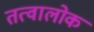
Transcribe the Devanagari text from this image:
तत्वालोक